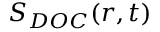
S _ { D O C } ( r , t )